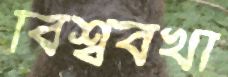
বিশ্ববখা